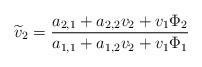
LaTeX: \begin{align*}\widetilde{v}_2 = \frac{a_{2,1} + a_{2,2}v_2 + v_1\Phi_2}{a_{1,1} + a_{1,2}v_2 + v_1\Phi_1}\end{align*}